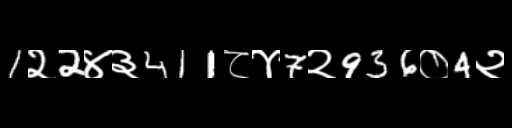
Text: 1२2४३411८४7२936०4२